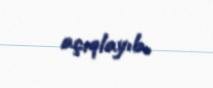
açıqlayıb.